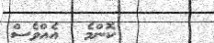
ކޮންމެ  އެއްވެސް